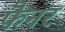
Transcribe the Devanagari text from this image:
फैनर